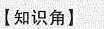
【知识角】